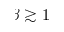
\beta \gtrsim 1